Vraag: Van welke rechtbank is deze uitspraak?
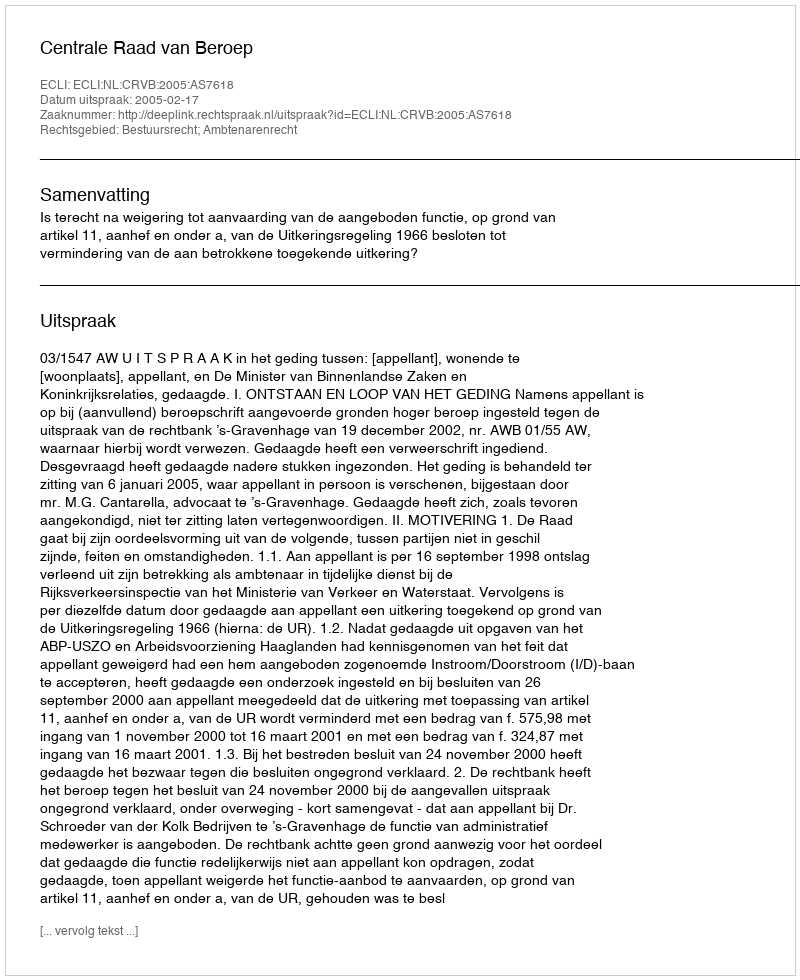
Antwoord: Centrale Raad van Beroep